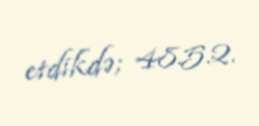
etdikdə; 48.5.2.